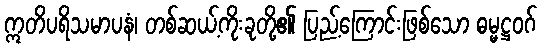
ဣတိပရိသမာပနံ၊ တစ်ဆယ့်ကိုးခုတို့၏ ပြည့်ကြောင်းဖြစ်သော ဓမ္မဋ္ဌဝဂ်